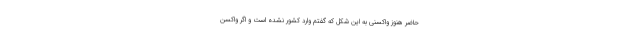
حاضر هنوز واکسنی به این شکل که گفتم وارد کشور نشده است و اگر واکسن